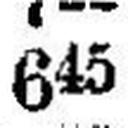
645